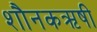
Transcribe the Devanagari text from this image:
शौनकऋषी